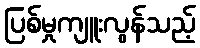
ပြစ်မှုကျူးလွန်သည့်